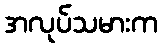
အလုပ်သမားက